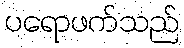
ပရောဖက်သည်